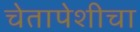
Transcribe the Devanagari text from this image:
चेतापेशीचा